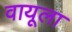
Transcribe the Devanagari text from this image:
वायूला